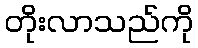
တိုးလာသည်ကို